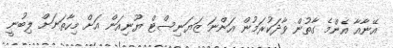
އޭނާއާ އެންމެ ގާތުން ވާދަކުރަމުން އަންނަ ޒަޔަނިސްޓް ޔޫނިއަން އަށް މިހާތަނަށް ލިބުނީ